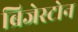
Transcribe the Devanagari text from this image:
ब्रिजेस्टोन